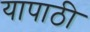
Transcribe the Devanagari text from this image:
यापाठी